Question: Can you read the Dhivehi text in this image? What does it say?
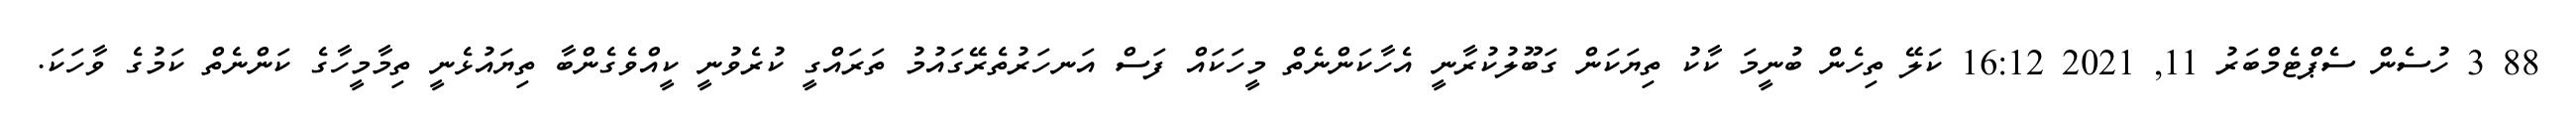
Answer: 88 3 ހުސެން ސެޕްޓެމްބަރު 11, 2021 16:12 ކަލޭ ތިހެން ބުނީމަ ކާކު ތިޔަކަން ގަބޫލުކުރާނީ އެހާކަންނެތް މީހަކައް ފަސް އަނހަރުތެރޭގައުމު ތަރައްގީ ކުރެވުނީ ކީއްވެގެންބާ ތިޔައުޅެނީ ތިމާމީހާގެ ކަންނެތް ކަމުގެ ވާހަކަ.